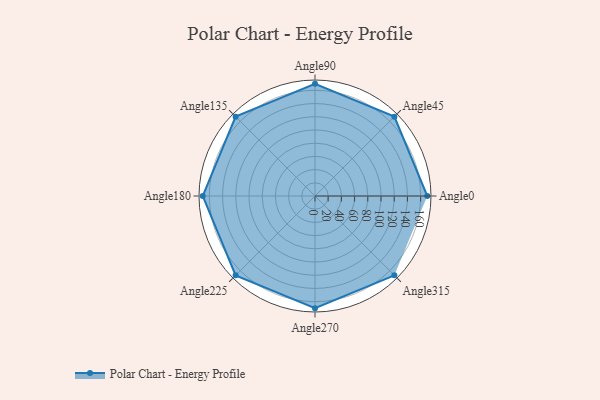
{"axis": {"x": "Angle", "y": "Radius"}, "legend": [""], "data": [{"x": "Angle0", "y": 170.0, "type": ""}, {"x": "Angle45", "y": 170, "type": ""}, {"x": "Angle90", "y": 170, "type": ""}, {"x": "Angle135", "y": 170, "type": ""}, {"x": "Angle180", "y": 170, "type": ""}, {"x": "Angle225", "y": 170, "type": ""}, {"x": "Angle270", "y": 170, "type": ""}, {"x": "Angle315", "y": 170, "type": ""}]}